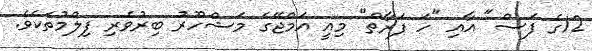
12ގެ ފަސް" އާއި "ހަ ފަރާތް" މިއީ އަމްޖޭގެ މަޝްހޫރު ބިރުވެރި ފިލްމުތަކެވެ.